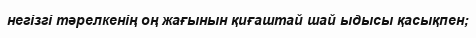
негізгі тәрелкенің оң жағынын қиғаштай шай ыдысы қасықпен;